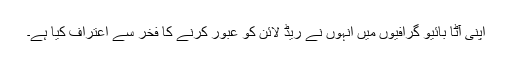
اپنی آٹا بائیو گرافیوں میں انہوں نے ریڈ لائن کو عبور کرنے کا فخر سے اعتراف کیا ہے۔